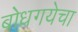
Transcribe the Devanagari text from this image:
बोधगयेचा